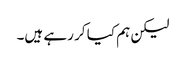
لیکن ہم کیا کر رہے ہیں۔